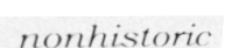
nonhistoric